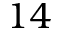
1 4